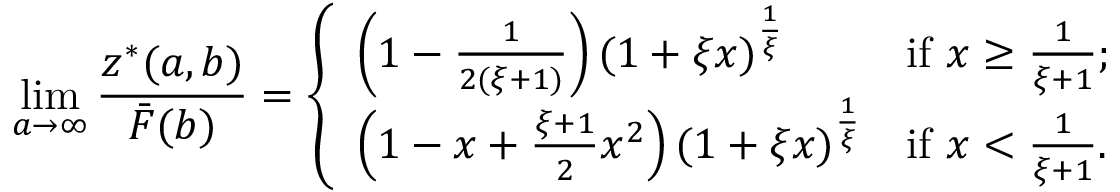
\operatorname* { l i m } _ { a \rightarrow \infty } \frac { z ^ { * } ( a , b ) } { \bar { F } ( b ) } = \left\{ \begin{array} { l l } { \left( 1 - \frac { 1 } { 2 ( \xi + 1 ) } \right) ( 1 + \xi x ) ^ { \frac { 1 } { \xi } } } & { \mathrm { i f ~ } x \geq \frac { 1 } { \xi + 1 } ; } \\ { \left( 1 - x + \frac { \xi + 1 } { 2 } x ^ { 2 } \right) ( 1 + \xi x ) ^ { \frac { 1 } { \xi } } } & { \mathrm { i f ~ } x < \frac { 1 } { \xi + 1 } . } \end{array} \right.